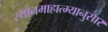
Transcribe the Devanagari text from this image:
स्थानमाहात्म्यानुसार